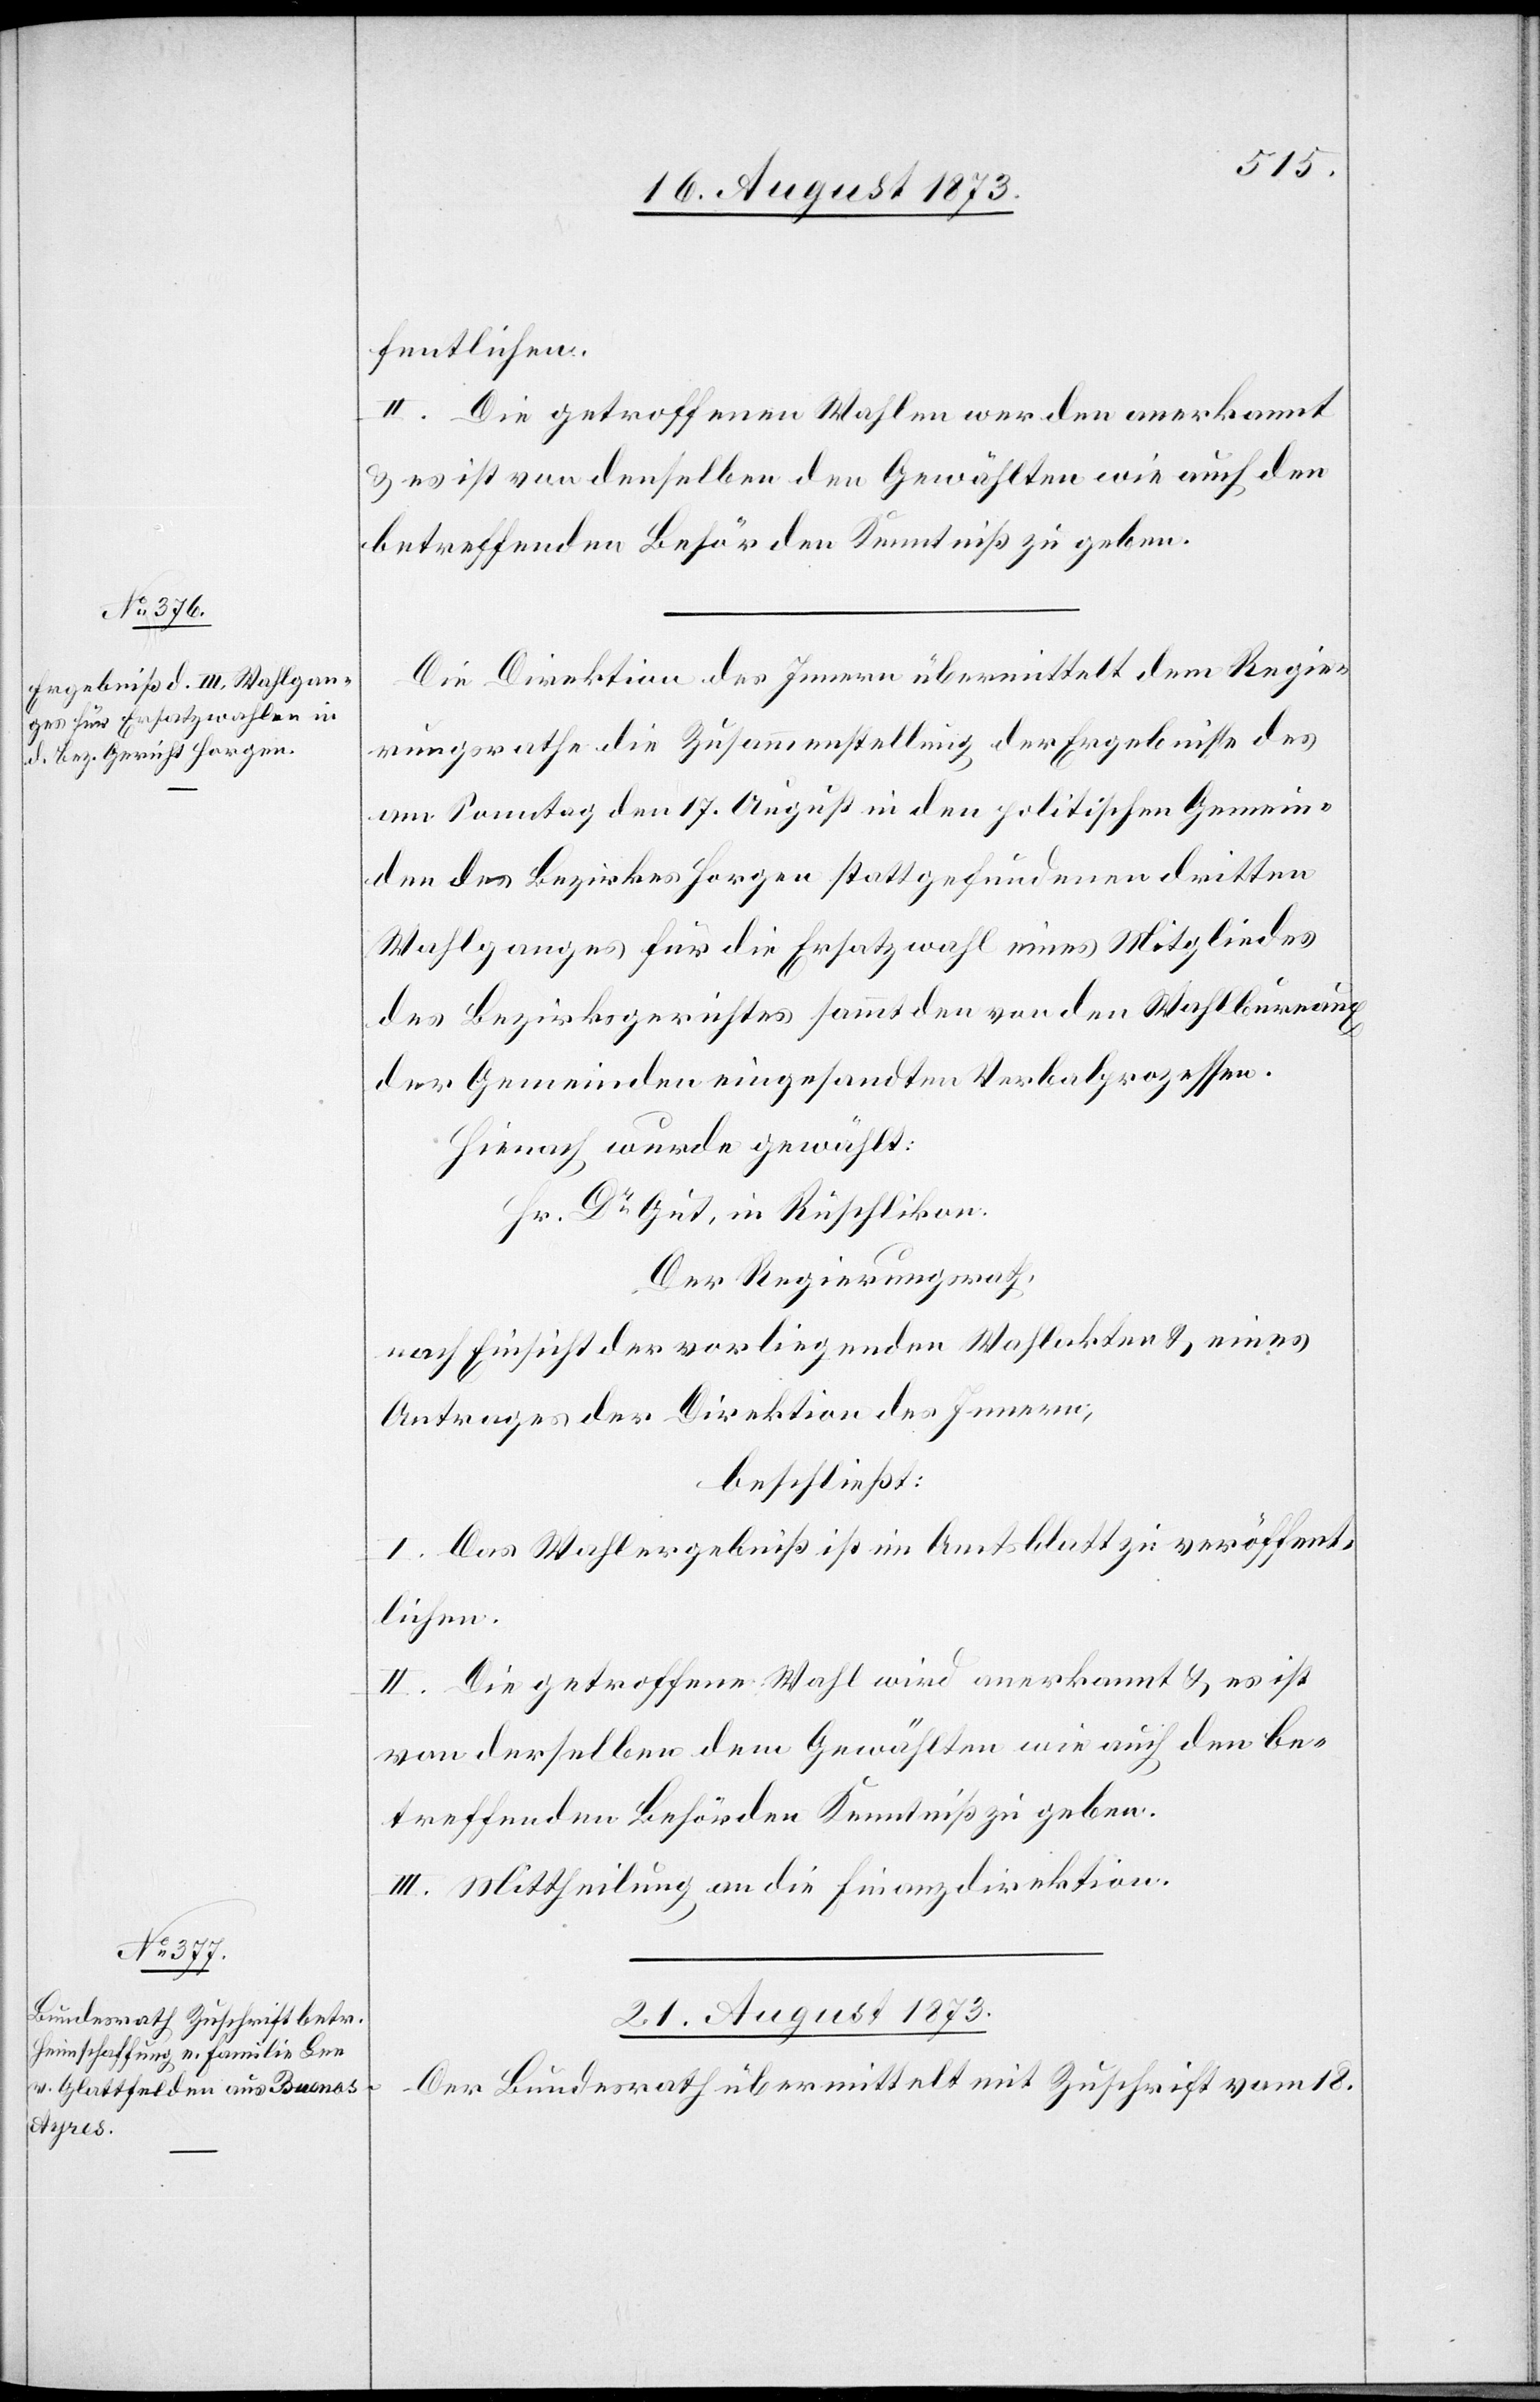
20. August 1873.]
fentlichen.
II. Die getroffenen Wahlen werden anerkannt
& es ist von denselben den Gewählten wie auch den
betreffenden Behörden Kenntniß zu geben.
Die Direktion des Innern übermittelt dem Regie¬
rungsrathe die Zusammenstellung der Ergebnisse des
am Sonntag den 17. August in den politischen Gemein¬
den des Bezirkes Horgen stattgefundenen dritten
Wahlganges für die Ersatzwahl eines Mitgliedes
des Bezirksgerichtes sammt den von den Wahlbureaux
der Gemeinden eingesandten Verbalprozessen.
Hienach wurde gewählt:
Hr. Dr Gut, in Rüschlikon.
Der Regierungsrath,
nach Einsicht der vorliegenden Wahlakten & eines
Antrages der Direktion des Innern,
beschließt:
I. Das Wahlergebniß ist im Amtsblatt zu veröffent¬
lichen.
II. Die getroffene Wahl wird anerkannt & es ist
von derselben dem Gewählten wie auch den be¬
treffenden Behörden Kenntniß zu geben.
III. Mittheilung an die Finanzdirektion.
21. August 1873.
Der Bundesrath übermittelt mit Zuschrift vom 18.